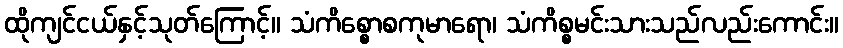
ထိုကျင်ငယ်နှင့်သုတ်ကြောင့်။ သံကိစ္စောစကုမာရော၊ သံကိစ္စမင်းသားသည်လည်းကောင်း။